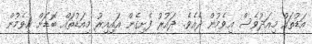
އަޑުތައް މިއަދުވެސް އިވެމުން ދެއެވެ. ދައުރު ފެށިގެން އައިއިރު މިއަޑުތައް ބޮޑަށް އިވެމުން